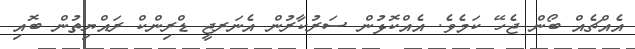
އެއްޗެއް ބޯން ޖެހޭ ކަމެވެ. އެއްކޮޅުން ސަރުކާރުން އެނަރޖީ ޑްރިންކް ރައްޔިތުން ބޮއި